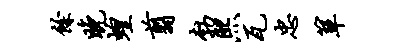
余晚蝗翦勃熙瓦忠箪